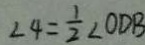
\angle 4 = \frac { 1 } { 2 } \angle O D B